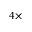
4 \times